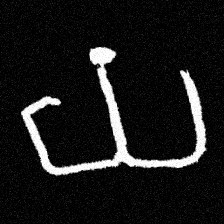
Pyu character \u2014 Myanmar letter: ယ (romanized: ya)